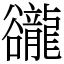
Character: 豅